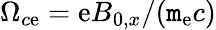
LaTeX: \Omega_{c\mathrm{e}}=\mathrm{e}B_{0,x}/(\mathtt{m}_{\mathrm{e}}c)